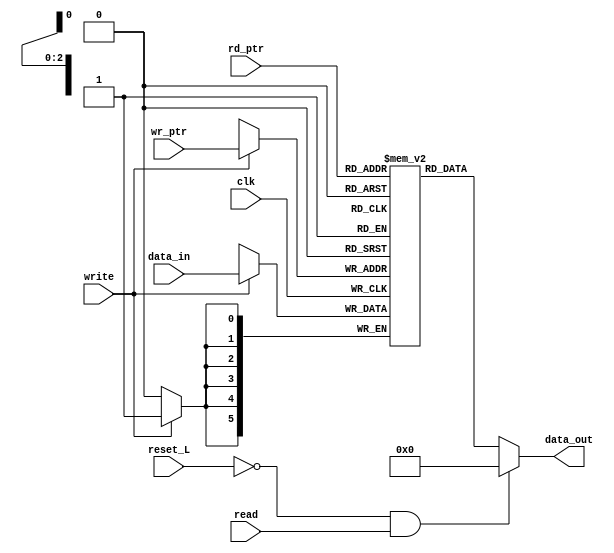
`timescale 1ns / 1ps

module RAM_memory #(
    //Parametros
    parameter DATA_SIZE = 6 ,            //cantidad de bits de entrada 
    parameter MAIN_QUEUE_SIZE = 3        //Cantiad de filas del main fifo    
)(
    //Entradas
    input                             clk,
    input                             read,         //enable del read
    input                             write,        //enable del write
    input                             reset_L,
    input       [DATA_SIZE-1:0] data_in,
    input       [MAIN_QUEUE_SIZE-1:0]       wr_ptr,
    input       [MAIN_QUEUE_SIZE-1:0]       rd_ptr,
    output  reg [DATA_SIZE-1:0] data_out
);
    //memoria a la cual se le accesa con una direccion
    reg[DATA_SIZE-1:0] ram_mem[2**MAIN_QUEUE_SIZE-1:0];

    //Se utiliza una expresion condicional para evitar latches
    //valor <= condicion ? if:else
    always@ (*) begin
        data_out = ~reset_L && read ? 'b0 : ram_mem[rd_ptr];    
    end

    always@( posedge clk ) begin
        if (write) 
            ram_mem[wr_ptr] <= data_in;          
    end

    
endmodule